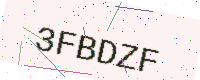
Text: 3FBDZF